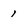
Character: 1